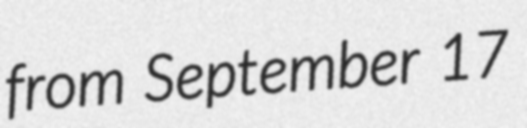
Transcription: from September 17